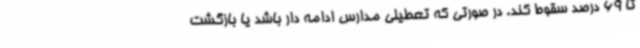
تا 69 درصد سقوط کند. در صورتی که تعطیلی مدارس ادامه دار باشد یا بازگشت